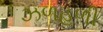
ઝળહળી